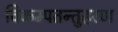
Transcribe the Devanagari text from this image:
विकम्पतन्तुहरण